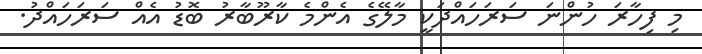
މި ފިހާރަ ހުންނަ ސަރަހައްދަކީ މާލޭގެ އެންމެ ކާރޫބާރު ބޮޑު އެއް ސަރަހައްދު.